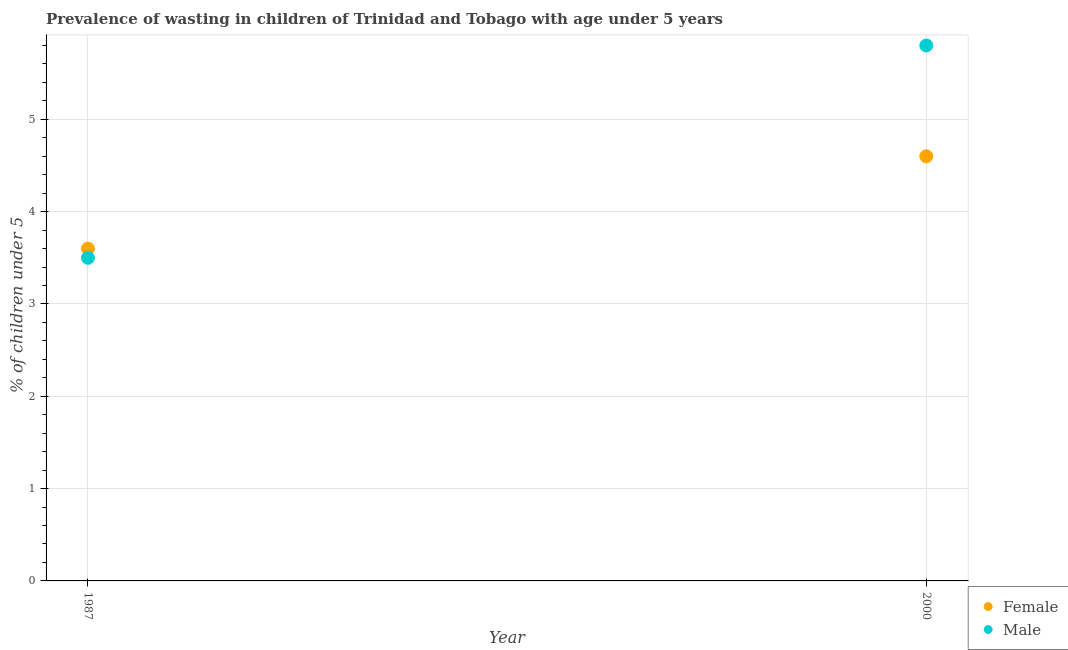
| Year | Female | Male |
 | --- | --- | --- |
 | 1987 | 3.6 | 3.5 |
 | 2000 | 4.6 | 5.8 |